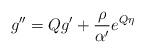
LaTeX: \begin{align*}g'' = Qg' + \frac{\rho}{\alpha'} e^{Q\eta}\end{align*}